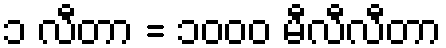
၁ လီတာ = ၁၀၀၀ မီလီလီတာ